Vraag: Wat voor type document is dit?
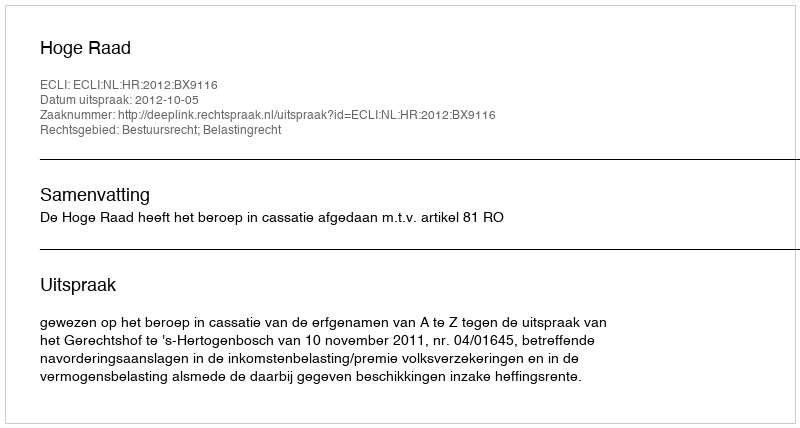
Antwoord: Uitspraak